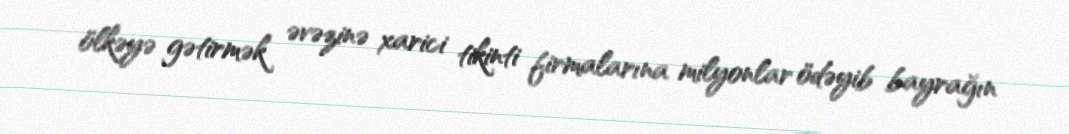
ölkəyə gətirmək əvəzinə xarici tikinti firmalarına milyonlar ödəyib bayrağın